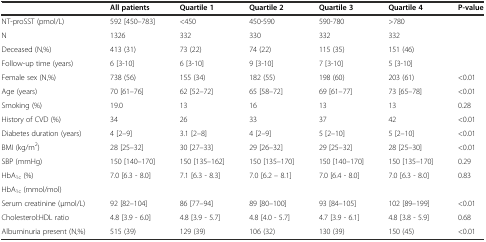
<table><thead><tr><td></td><td><b>All patients</b></td><td><b>Quartile 1</b></td><td><b>Quartile 2</b></td><td><b>Quartile 3</b></td><td><b>Quartile 4</b></td><td><b>P-value</b></td></tr></thead><tbody><tr><td>NT-proSST (pmol/L)</td><td>592 [450–783]</td><td>&lt;450</td><td>450-590</td><td>590-780</td><td>&gt;780</td><td></td></tr><tr><td>N</td><td>1326</td><td>332</td><td>330</td><td>332</td><td>332</td><td></td></tr><tr><td>Deceased (N,%)</td><td>413 (31)</td><td>73 (22)</td><td>74 (22)</td><td>115 (35)</td><td>151 (46)</td><td></td></tr><tr><td>Follow-up time (years)</td><td>6 [3-10]</td><td>6 [3-10]</td><td>9 [3-10]</td><td>7 [3-10]</td><td>5 [3-10]</td><td></td></tr><tr><td>Female sex (N,%)</td><td>738 (56)</td><td>155 (34)</td><td>182 (55)</td><td>198 (60)</td><td>203 (61)</td><td>&lt;0.01</td></tr><tr><td>Age (years)</td><td>70 [61–76]</td><td>62 [52–72]</td><td>65 [58–72]</td><td>69 [61–77]</td><td>73 [65–78]</td><td>&lt;0.01</td></tr><tr><td>Smoking (%)</td><td>19.0</td><td>13</td><td>16</td><td>13</td><td>13</td><td>0.28</td></tr><tr><td>History of CVD (%)</td><td>34</td><td>26</td><td>33</td><td>37</td><td>42</td><td>&lt;0.01</td></tr><tr><td>Diabetes duration (years)</td><td>4 [2–9]</td><td>3.1 [2–8]</td><td>4 [2–9]</td><td>5 [2–10]</td><td>5 [2–10]</td><td>&lt;0.01</td></tr><tr><td>BMI (kg/m<sup>2</sup>)</td><td>28 [25–32]</td><td>30 [27–33]</td><td>29 [26–32]</td><td>29 [25–32]</td><td>28 [25–30]</td><td>&lt;0.01</td></tr><tr><td>SBP (mmHg)</td><td>150 [140–170]</td><td>150 [135–162]</td><td>150 [135–170]</td><td>150 [140–170]</td><td>150 [135–170]</td><td>0.29</td></tr><tr><td>HbA<sub>1c</sub> (%)</td><td>7.0 [6.3 - 8.0]</td><td>7.1 [6.3 - 8.3]</td><td>7.0 [6.2 – 8.1]</td><td>7.0 [6.4 - 8.0]</td><td>7.0 [6.3 - 8.0]</td><td>0.83</td></tr><tr><td>HbA<sub>1c</sub> (mmol/mol)</td><td></td><td></td><td></td><td></td><td></td><td></td></tr><tr><td>Serum creatinine (μmol/L)</td><td>92 [82–104]</td><td>86 [77–94]</td><td>89 [80–100]</td><td>93 [84–105]</td><td>102 [89–199]</td><td>&lt;0.01</td></tr><tr><td>Cholesterol:HDL ratio</td><td>4.8 [3.9 - 6.0]</td><td>4.8 [3.9 - 5.7]</td><td>4.8 [4.0 - 5.7]</td><td>4.7 [3.9 - 6.1]</td><td>4.8 [3.8 - 5.9]</td><td>0.68</td></tr><tr><td>Albuminuria present (N,%)</td><td>515 (39)</td><td>129 (39)</td><td>106 (32)</td><td>130 (39)</td><td>150 (45)</td><td>&lt;0.01</td></tr></tbody></table>